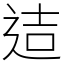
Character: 迼